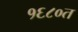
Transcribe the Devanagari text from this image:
१६८०त